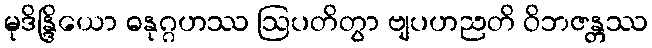
မုဒိန္ဒြိယော ဓနုဂ္ဂဟဿ ဩပတိတွာ ဗျပဟညတိ ဝိဘဇန္တဿ